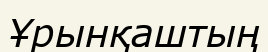
Ұрынқаштың